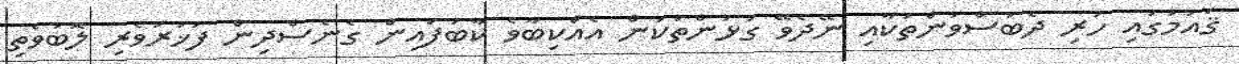
ޤައުމުގައި ހުރި ދެބަސްވުންތަކާއި ނޭދެވޭ ގުޅުންތަކުން އެއްކިބާވެ ކާބަފައިން ގެނެސްދިން ފަޚުރުވެރި ލޮބުވެތި